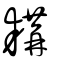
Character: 耩